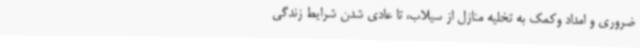
ضروری و امداد وکمک به تخلیه منازل از سیلاب، تا عادی شدن شرایط زندگی